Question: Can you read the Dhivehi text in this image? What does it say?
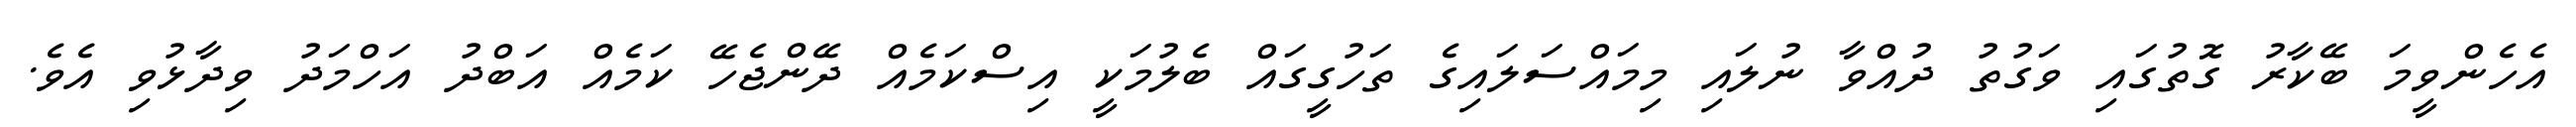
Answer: އެހެންވީމަ ބޭކާރު ގޮތުގައި ވަގުތު ދުއްވާ ނުލައި މިމައްސަލައިގެ ތަހުގީގައް ބެލުމަކީ އިސްކަމެއް ދޭންޖެހޭ ކަމެއް އަބްދު އަހްމަދު ވިދާޅުވި އެވެ.